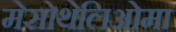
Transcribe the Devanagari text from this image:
मेसोथेलिओमा